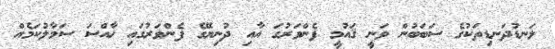
ލަނޑުދަނޑިތަކުގެ ސަބަބުން ވަނީ ޤައުމީ ފެންވަރުގަ އާއި ދުނިޔޭގެ ފެންވަރުގައި ޚާއްސަ ސަމާލުކަމެއް